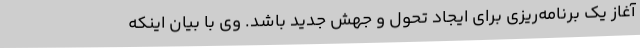
آغاز یک برنامه‌ریزی برای ایجاد تحول و جهش جدید باشد. وی با بیان اینکه